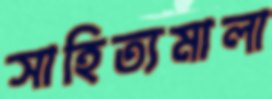
সাহিত্যমালা